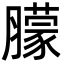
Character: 䑃